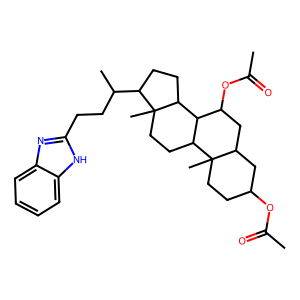
SMILES: CC(=O)OC1CCC2(C)C(C1)CC(OC(C)=O)C1C2CCC2(C)C(C(C)CCc3nc4ccccc4[nH]3)CCC12
Inhibits HIV replication: No